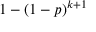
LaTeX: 1 - ( 1 - p ) ^ { k + 1 }